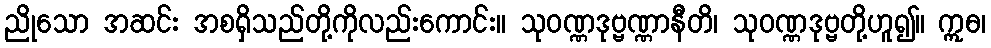
ညိုသော အဆင်း အစရှိသည်တို့ကိုလည်းကောင်း။ သုဝဏ္ဏဒုဗ္ဗဏ္ဏာနီတိ၊ သုဝဏ္ဏဒုဗ္ဗတို့ဟူ၍။ ဣဓ၊